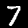
Label: 7